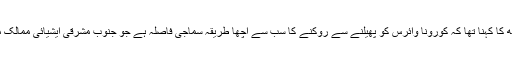
ڈاکٹر پونم کھیترپال سنگھ کا کہنا تھا کہ کورونا وائرس کو پھیلنے سے روکنے کا سب سے اچھا طریقہ سماجی فاصلہ ہے جو جنوب مشرقی ایشیائی ممالک میں کم دیکھا جا رہا ہے۔